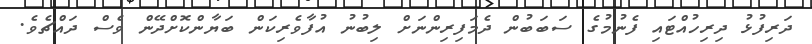
ދަރިފުޅު ދިރިހުއްޓައި ފެނުމުގެ ސަބަބުން ދެމަފިރިންނަށް ލިބުނު އުފާވެރިކަން ބަޔާންކޮށްދޭން ވެސް ދައްޗެވެ.